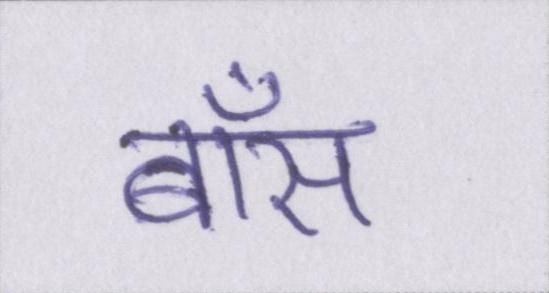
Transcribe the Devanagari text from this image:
बॉस